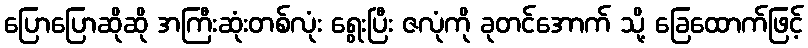
ပြောပြောဆိုဆို အကြီးဆုံးတစ်လုံး ရွေးပြီး ဇလုံကို ခုတင်အောက် သို့ ခြေထောက်ဖြင့်